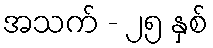
အသက် - ၂၅ နှစ်